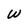
Character: W